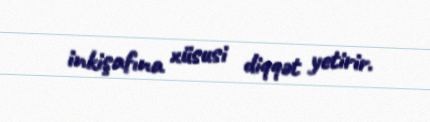
inkişafına xüsusi diqqət yetirir.